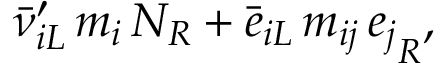
\bar { \nu } _ { i L } ^ { \prime } \, m _ { i } \, N _ { R } + \bar { e } _ { i L } \, m _ { i j } \, { e _ { j } } _ { R } ,